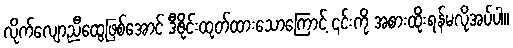
လိုက်လျောညီထွေဖြစ်အောင် ဒီဇိုင်းထုတ်ထားသောကြောင့် ၎င်းကို အစားထိုးရန်မလိုအပ်ပါ။